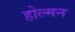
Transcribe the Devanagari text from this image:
होल्मन